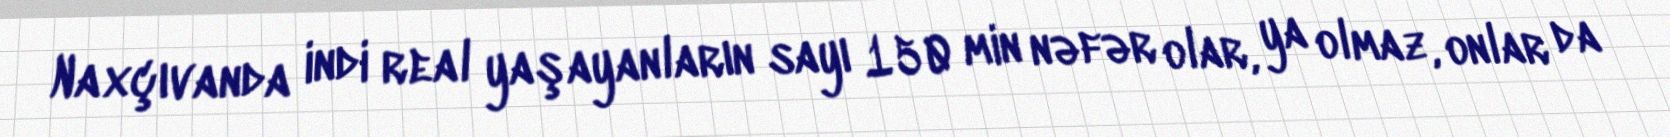
Naxçıvanda indi real yaşayanların sayı 150 min nəfər olar, ya olmaz, onlar da